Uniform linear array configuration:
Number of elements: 32
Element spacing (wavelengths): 1
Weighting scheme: hann
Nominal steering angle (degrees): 60
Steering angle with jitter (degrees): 59.636
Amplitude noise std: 0.05
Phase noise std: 0.05

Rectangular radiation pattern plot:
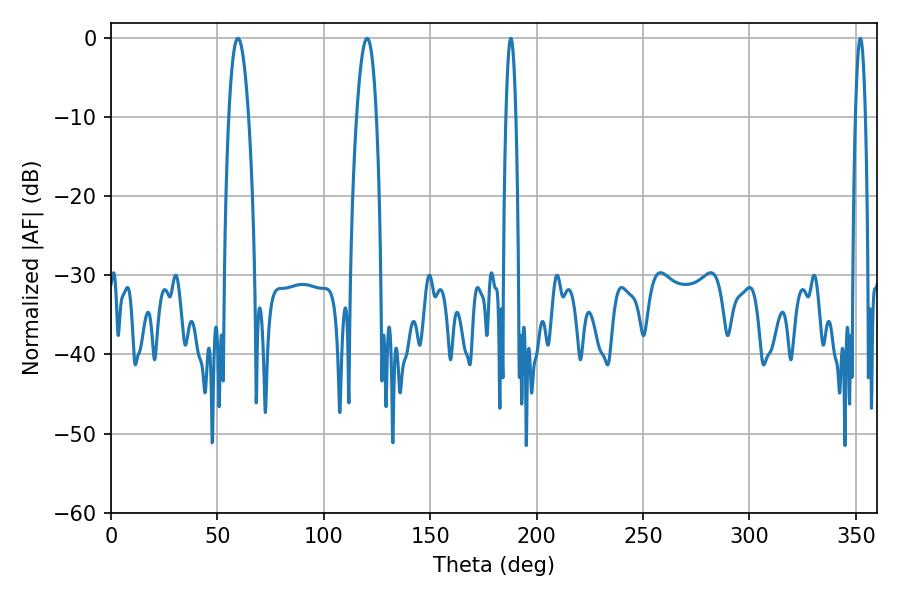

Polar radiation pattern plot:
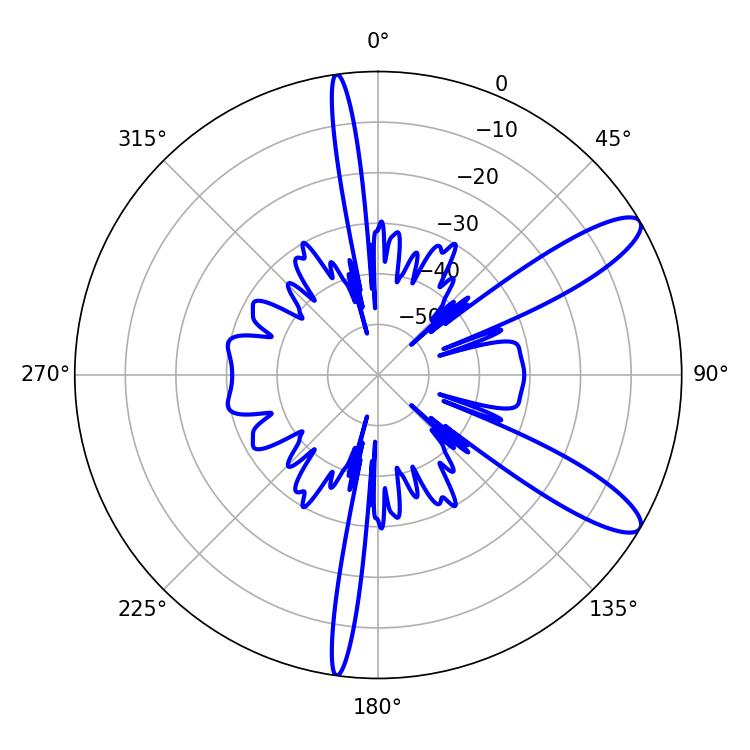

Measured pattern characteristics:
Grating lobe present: TRUE
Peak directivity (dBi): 11.147
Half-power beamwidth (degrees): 5.04
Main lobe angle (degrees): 59.58